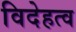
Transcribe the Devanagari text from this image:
विदेहत्व